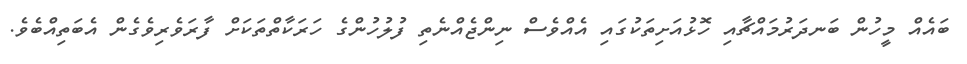
ބައެއް މީހުން ބަނދަރުމައްޗާއި ހޮޅުއަށިތަކުގައި އެއްވެސް ނިންޖެއްނެތި ފުލުހުންގެ ހަރަކާތްތަކަށް ފާރަވެރިވެގެން އެބަތިއްބެވެ.